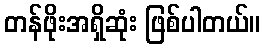
တန်ဖိုးအရှိဆုံး ဖြစ်ပါတယ်။